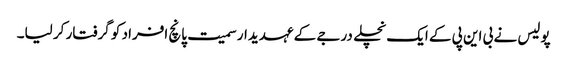
پولیس نے بی این پی کے ایک نچلے درجے کے عہدیدار سمیت پانچ افراد کو گرفتار کر لیا۔